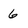
Character: 6